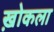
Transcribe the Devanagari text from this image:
ख़ोकला